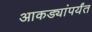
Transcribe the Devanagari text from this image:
आकड्यांपर्यंत